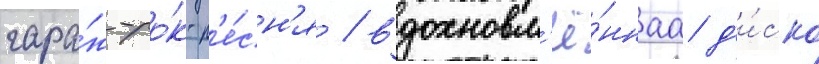
гара́ж-ро́к-п'е́сн'я / вдохновл'ё́ннаа д'и́ско